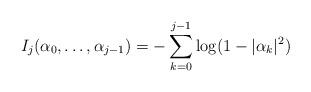
LaTeX: \begin{align*} I_j(\alpha_0,\dots,\alpha_{j-1}) = -\sum_{k=0}^{j-1} \log(1-|\alpha_k|^2)\end{align*}